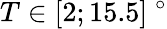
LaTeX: T\in[2;15.5]~^{\circ}